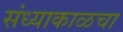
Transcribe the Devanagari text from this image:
संध्याकाळचा